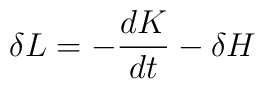
\delta L=-\frac{dK}{dt}-\delta H